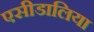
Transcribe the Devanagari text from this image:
एसीडालिया